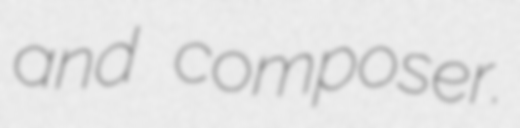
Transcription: and composer.